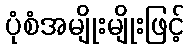
ပုံစံအမျိုးမျိုးဖြင့်